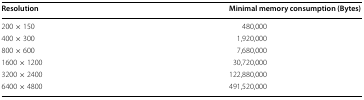
<table><thead><tr><td><b>Resolution</b></td><td><b>Minimal memory consumption (Bytes)</b></td></tr></thead><tbody><tr><td>200 × 150</td><td>480,000</td></tr><tr><td>400 × 300</td><td>1,920,000</td></tr><tr><td>800 × 600</td><td>7,680,000</td></tr><tr><td>1600 × 1200</td><td>30,720,000</td></tr><tr><td>3200 × 2400</td><td>122,880,000</td></tr><tr><td>6400 × 4800</td><td>491,520,000</td></tr></tbody></table>